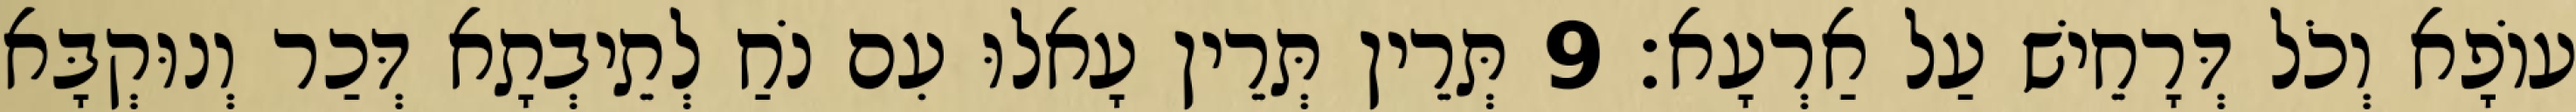
עוֹפָא וְכֹל דְּרָחֵישׁ עַל אַרְעָא׃ 9 תְּרֵין תְּרֵין עָאלוּ עִם נֹחַ לְתֵיבְתָא דְּכַר וְנוּקְבָּא